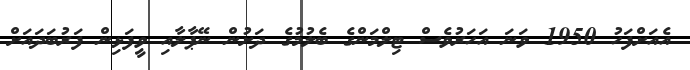
އެއަށްފަހު 1950 ވަނަ އަހަރުވެސް ޓިލްމަންގެ ބެލުމުގެ ދަށުން ނޭޕާލާއި ވީފަޅިން ފަރުބަދައަށް